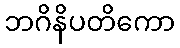
ဘဂိနိပတိကော